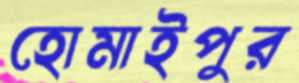
হোমাইপুর